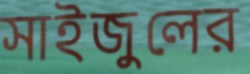
সাইজুলের